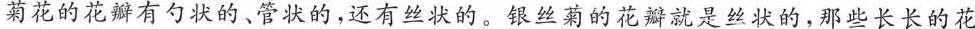
菊花的花瓣有勺状的、管状的，还有丝状的。银丝菊的花瓣就是丝状的，那些长长的花